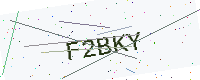
Text: F2BKY